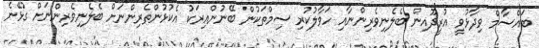
ބައްސާމް ވިދާޅުވީ އުރީދޫއިން ބެލެނިވެރިންނާއި ހަވާލުކުރި ސިމްތަކުން ބޭނުންއިރަކު އެކުޅުންތެރިންނަށް ބެލެނިވެރިންނަށް ގުޅޭނެ